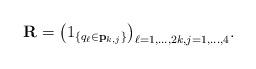
LaTeX: \begin{align*}\mathbf{R}=\big(1_{\{ q_\ell \in \mathbf{p}_{k,j} \}} \big)_{\ell=1, \dots, 2k, j=1, \dots, 4}.\end{align*}